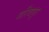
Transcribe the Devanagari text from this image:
गरिबपुर